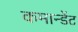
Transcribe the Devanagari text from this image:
कमान्डेंट